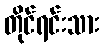
တိုင်ရင်းသား